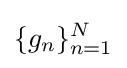
\{g_{n}\}_{n=1}^{N}